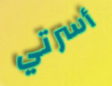
أسرتي